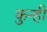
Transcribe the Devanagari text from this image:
कुन्ही